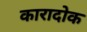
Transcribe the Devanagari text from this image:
कारादोक